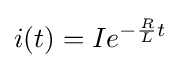
i(t)=Ie^{-{\frac {R}{L}}t}